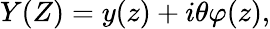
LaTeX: Y(Z)=y(z)+i\theta\varphi(z),